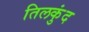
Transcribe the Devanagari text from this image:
तिलकुंद